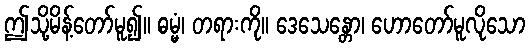
ဤသို့မိန့်တော်မူ၍။ ဓမ္မံ၊ တရားကို။ ဒေသေန္တော၊ ဟောတော်မူလိုသော